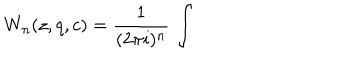
LaTeX: W _ { n } ( z , q , c ) = \frac { 1 } { ( 2 \pi i ) ^ { n } } \, \int